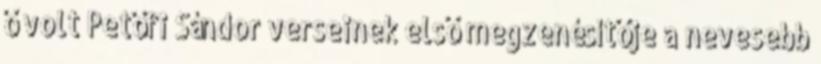
ő volt Petőfi Sándor verseinek első megzenésítője a nevesebb